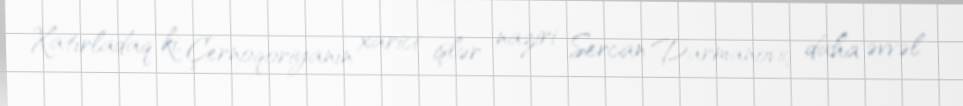
Xatırladaq ki, Çernoqoriyanın xarici işlər naziri Sercan Darmanoviç daha əvvəl